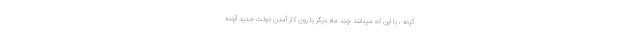
کرده ، با این که میدانند چند ماه دیگر با روی کار آمدن دولت جدید آینده